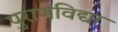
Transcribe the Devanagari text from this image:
पुराणविद्या